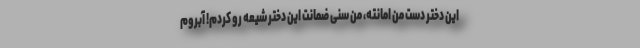
این دختر دست من امانته، منِ سُنی ضمانت این دختر شیعه رو کردم! آبروم